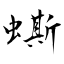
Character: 蟖